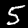
Digit: 5